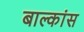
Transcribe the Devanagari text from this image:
बाल्कांस